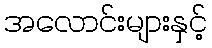
အလောင်းများနှင့်